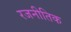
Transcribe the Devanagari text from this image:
रजनीतिक